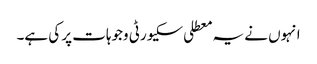
انہوں نے یہ معطلی سکیورٹی وجوہات پر کی ہے۔